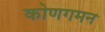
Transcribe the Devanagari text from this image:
कोणगमन